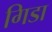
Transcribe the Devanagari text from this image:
गिडा